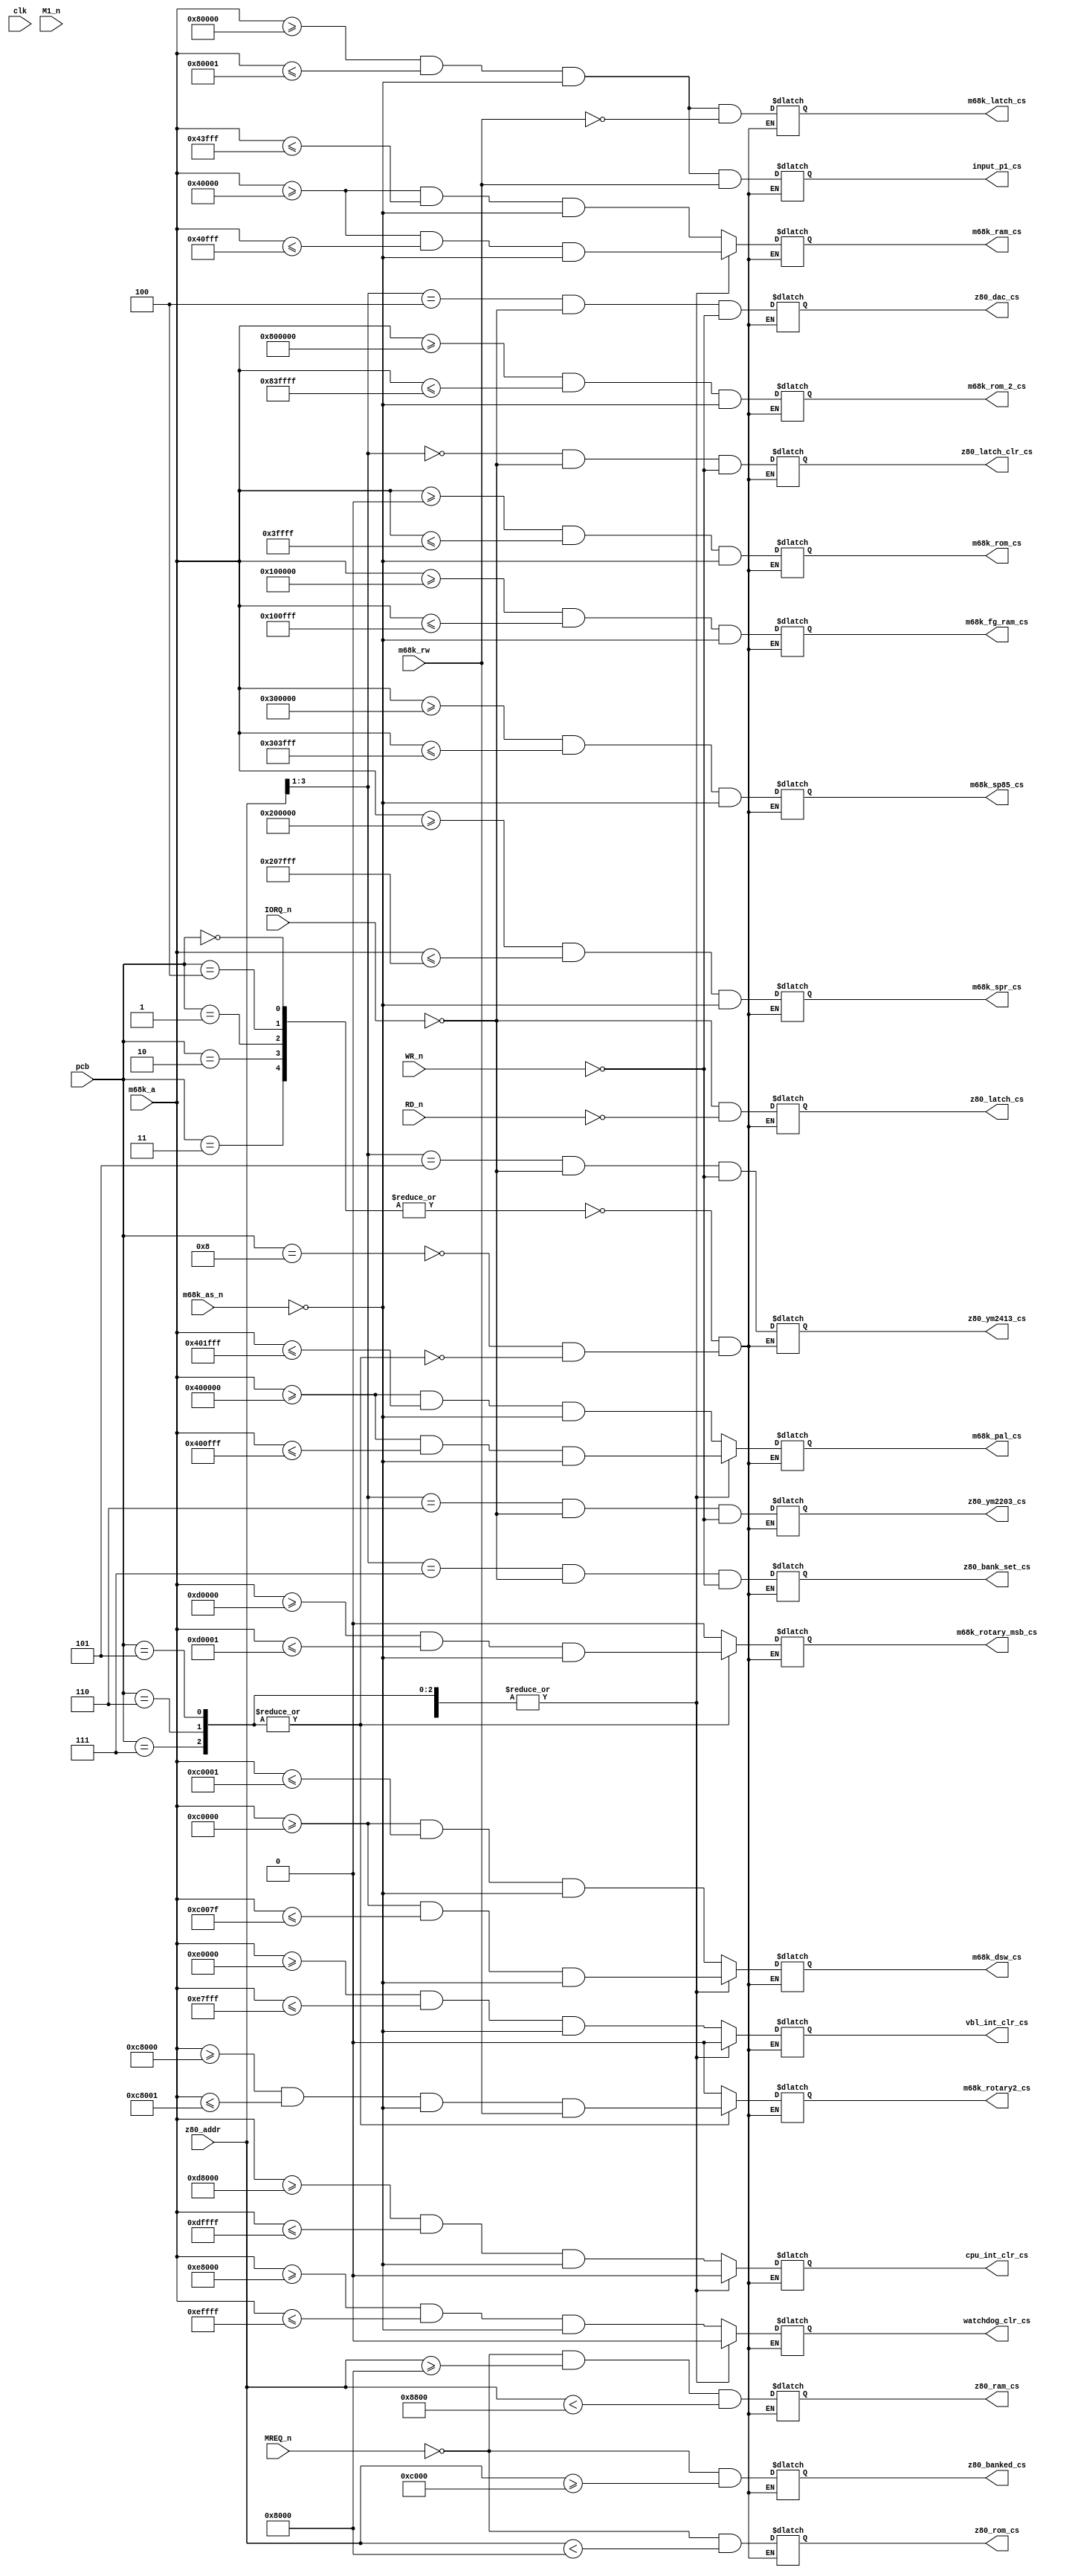
//

module chip_select
(
    input        clk,
    input  [3:0] pcb,

    input [23:0] m68k_a,
    input        m68k_as_n,
    input        m68k_rw,

    input [15:0] z80_addr,
    input        MREQ_n,
    input        IORQ_n,
    input        RD_n,
    input        WR_n,
    input        M1_n,

    // M68K selects
    output reg m68k_rom_cs,
    output reg m68k_rom_2_cs,
    output reg m68k_ram_cs,
    output reg m68k_spr_cs,
    output reg m68k_pal_cs,
    output reg m68k_fg_ram_cs,
    output reg m68k_sp85_cs,

    output reg input_p1_cs,
    output reg m68k_dsw_cs,

    output reg m68k_rotary2_cs,
    output reg m68k_rotary_msb_cs,    

    output reg vbl_int_clr_cs,
    output reg cpu_int_clr_cs,
    output reg watchdog_clr_cs,

    output reg m68k_latch_cs,

    // Z80 selects
    output reg   z80_rom_cs,
    output reg   z80_ram_cs,

    output reg   z80_latch_cs,
    output reg   z80_latch_clr_cs,
    output reg   z80_dac_cs,
    output reg   z80_ym2413_cs, // OPN YM2413
    output reg   z80_ym2203_cs, // OPLL YM2203
    output reg   z80_bank_set_cs,
    output reg   z80_banked_cs
);


function m68k_cs;
        input [23:0] start_address;
        input [23:0] end_address;
begin
    m68k_cs = ( m68k_a[23:0] >= start_address && m68k_a[23:0] <= end_address) & !m68k_as_n;
end
endfunction

function z80_mem_cs;
        input [15:0] base_address;
        input  [7:0] width;
begin
    z80_mem_cs = ( z80_addr >> width == base_address >> width ) & !MREQ_n;
end
endfunction

function z80_io_cs;
        input [7:0] address_lo;
begin
    z80_io_cs = ( z80_addr[7:0] == address_lo ) && !IORQ_n ;
end
endfunction


localparam SKYADV      = 0;
localparam GANGWARS    = 1;
localparam SBASEBALJ   = 2;
localparam SBASEBAL    = 3;
localparam SKYADVU     = 4;

localparam SKYSOLDR    = 5;
localparam TIMESOLD    = 6;
localparam BATFIELD    = 7;
localparam GOLDMEDL    = 8;

//-- board config 6 bits
//        00 = II
//        01 = III
//        11 = V
//mcu id  00 = don't care
//        01 = 0x8814
//        10 = 0x8512
//        11 = 0x8713
//coin     0 = 0x2222 / 1 = 0x2423
//invert   0 = input not inverted / 1 = inverted

always @ (*) begin
    // Memory mapping based on PCB type
    case (pcb)
        SKYADV, SKYADVU, GANGWARS, SBASEBALJ, SBASEBAL: begin
            m68k_rom_cs      <= m68k_cs( 24'h000000, 24'h03ffff ) ;
            
            m68k_ram_cs      <= m68k_cs( 24'h040000, 24'h043fff ) ;
            
            m68k_latch_cs    <= m68k_cs( 24'h080000, 24'h080001 ) & !m68k_rw ;
            
            input_p1_cs      <= m68k_cs( 24'h080000, 24'h080001 ) & m68k_rw ;
            
            m68k_dsw_cs      <= m68k_cs( 24'h0c0000, 24'h0c0001 ) ;
            
            m68k_fg_ram_cs   <= m68k_cs( 24'h100000, 24'h100fff )  ;
            
            m68k_spr_cs      <= m68k_cs( 24'h200000, 24'h207fff ) ;
            
            m68k_rotary2_cs  <= 0 ;

            m68k_rotary_msb_cs <= 0;
            
            m68k_sp85_cs     <= m68k_cs( 24'h300000, 24'h303fff ) ;
            
            m68k_pal_cs      <= m68k_cs( 24'h400000, 24'h401fff ) ;

            m68k_rom_2_cs    <= m68k_cs( 24'h800000, 24'h83ffff ) ;
            
            // reset microcontroller interrupt 
            cpu_int_clr_cs    <= m68k_cs( 24'h0d8000, 24'h0dffff ) ; // tst.b $d8000.l
            
            // reset vblank interrupt 
            vbl_int_clr_cs    <= m68k_cs( 24'h0e0000, 24'h0e7fff ) ; // tst.b $e0000.l
            
            // reset watchdog interrupt ( implement? )
            watchdog_clr_cs   <= m68k_cs( 24'h0e8000, 24'h0effff ) ; // tst.b $e8000.l
             
            z80_rom_cs        <= ( MREQ_n == 0 && z80_addr[15:0] <  16'h8000 );
            z80_ram_cs        <= ( MREQ_n == 0 && z80_addr[15:0] >= 16'h8000 && z80_addr[15:0] < 16'h8800 );
            z80_banked_cs     <= ( MREQ_n == 0 && z80_addr[15:0] >= 16'hc000 );
            
            // read latch.  latch is active on all i/o reads
            z80_latch_cs      <= (!IORQ_n) && (!RD_n) ; 
            
            z80_latch_clr_cs  <= ( z80_addr[3:1] == 3'b000 ) && ( !IORQ_n ) && (!WR_n);  
            
            // only the lower 4 bits are used to decode port
            // 0x08-0x09
            z80_dac_cs        <= ( z80_addr[3:1] == 3'b100 ) && ( !IORQ_n ) && (!WR_n) ; // 8 bit DAC
            
            // 0x0a-0x0b
            z80_ym2413_cs     <= ( z80_addr[3:1] == 3'b101 ) && ( !IORQ_n ) && (!WR_n); 
            
            // 0x0c-0x0d
            z80_ym2203_cs     <= ( z80_addr[3:1] == 3'b110 ) && ( !IORQ_n ) && (!WR_n); 
            
            // 0x0E-0x0F
            z80_bank_set_cs   <= ( z80_addr[3:1] == 3'b111 ) && ( !IORQ_n ) && (!WR_n); // select latches z80 D[4:0]
        end

        GOLDMEDL: begin
            m68k_rom_cs      <= m68k_cs( 24'h000000, 24'h03ffff ) ;
            
            m68k_ram_cs      <= m68k_cs( 24'h040000, 24'h040fff ) ;
            
            m68k_latch_cs    <= m68k_cs( 24'h080000, 24'h080001 ) & !m68k_rw ;
            
            input_p1_cs      <= m68k_cs( 24'h080000, 24'h080001 ) & m68k_rw ;
            

            m68k_dsw_cs      <= m68k_cs( 24'h0c0000, 24'h0c007f ) ;
            
            m68k_rotary2_cs  <= 0 ;

            m68k_rotary_msb_cs <= 0;
            
            m68k_fg_ram_cs   <= m68k_cs( 24'h100000, 24'h100fff ) ;
            
            m68k_spr_cs      <= m68k_cs( 24'h200000, 24'h207fff ) ;
            
            m68k_sp85_cs     <= m68k_cs( 24'h300000, 24'h303fff ) ;
            
            m68k_pal_cs      <= m68k_cs( 24'h400000, 24'h400fff ) ;

            m68k_rom_2_cs    <= m68k_cs( 24'h800000, 24'h83ffff ) ;
            
            // reset microcontroller interrupt 
            cpu_int_clr_cs    <= 0 ;//m68k_cs( 24'h0d8000, 24'h0dffff ) ; // tst.b $d8000.l
            
            // reset vblank interrupt 
            vbl_int_clr_cs    <= 0 ;//m68k_cs( 24'h0e0000, 24'h0e7fff ) ; // tst.b $e0000.l
            
            // reset watchdog interrupt ( implement? )
            watchdog_clr_cs   <= 0; //m68k_cs( 24'h0e8000, 24'h0effff ) ; // tst.b $e8000.l
             
            z80_rom_cs        <= ( MREQ_n == 0 && z80_addr[15:0] <  16'h8000 );
            z80_ram_cs        <= ( MREQ_n == 0 && z80_addr[15:0] >= 16'h8000 && z80_addr[15:0] < 16'h8800 );
            z80_banked_cs     <= ( MREQ_n == 0 && z80_addr[15:0] >= 16'hc000 );
            
            // read latch.  latch is active on all i/o reads
            z80_latch_cs      <= (!IORQ_n) && (!RD_n) ; 
            
            z80_latch_clr_cs  <= ( z80_addr[3:1] == 3'b000 ) && ( !IORQ_n ) && (!WR_n);  
            
            // only the lower 4 bits are used to decode port
            // 0x08-0x09
            z80_dac_cs        <= ( z80_addr[3:1] == 3'b100 ) && ( !IORQ_n ) && (!WR_n) ; // 8 bit DAC
            
            // 0x0a-0x0b
            z80_ym2413_cs     <= ( z80_addr[3:1] == 3'b101 ) && ( !IORQ_n ) && (!WR_n); 
            
            // 0x0c-0x0d
            z80_ym2203_cs     <= ( z80_addr[3:1] == 3'b110 ) && ( !IORQ_n ) && (!WR_n); 
            
            // 0x0E-0x0F
            z80_bank_set_cs   <= ( z80_addr[3:1] == 3'b111 ) && ( !IORQ_n ) && (!WR_n); // select latches z80 D[4:0]
        end

        SKYSOLDR, TIMESOLD, BATFIELD: begin
            m68k_rom_cs      <= m68k_cs( 24'h000000, 24'h03ffff ) ;

            m68k_ram_cs      <= m68k_cs( 24'h040000, 24'h040fff ) ;

            m68k_latch_cs    <= m68k_cs( 24'h080000, 24'h080001 ) & !m68k_rw ;

            input_p1_cs      <= m68k_cs( 24'h080000, 24'h080001 ) & m68k_rw ;

            // dsw / CN1 rotary / Ver II text banking
            m68k_dsw_cs      <= m68k_cs( 24'h0c0000, 24'h0c007f ) ;

            m68k_rotary2_cs  <= m68k_cs( 24'h0c8000, 24'h0c8001 ) & m68k_rw;

            m68k_rotary_msb_cs  <= m68k_cs( 24'h0d0000, 24'h0d0001 ) ;

            m68k_fg_ram_cs   <= m68k_cs( 24'h100000, 24'h100fff ) ;

            m68k_spr_cs      <= m68k_cs( 24'h200000, 24'h207fff ) ;

            m68k_sp85_cs     <= m68k_cs( 24'h300000, 24'h303fff ) ;

            m68k_pal_cs      <= m68k_cs( 24'h400000, 24'h400fff ) ;

            m68k_rom_2_cs    <= m68k_cs( 24'h800000, 24'h83ffff ) ;

            // reset microcontroller interrupt 
            cpu_int_clr_cs    <= 0 ;//m68k_cs( 24'h0d8000, 24'h0dffff ) ; // tst.b $d8000.l

            // reset vblank interrupt 
            vbl_int_clr_cs    <= 0 ;//m68k_cs( 24'h0e0000, 24'h0e7fff ) ; // tst.b $e0000.l

            // reset watchdog interrupt ( implement? )
            watchdog_clr_cs   <= 0; //m68k_cs( 24'h0e8000, 24'h0effff ) ; // tst.b $e8000.l

            z80_rom_cs        <= ( MREQ_n == 0 && z80_addr[15:0] <  16'h8000 );
            z80_ram_cs        <= ( MREQ_n == 0 && z80_addr[15:0] >= 16'h8000 && z80_addr[15:0] < 16'h8800 );
            z80_banked_cs     <= ( MREQ_n == 0 && z80_addr[15:0] >= 16'hc000 );

            // read latch.  latch is active on all i/o reads
            z80_latch_cs      <= (!IORQ_n) && (!RD_n) ; 

            z80_latch_clr_cs  <= ( z80_addr[3:1] == 3'b000 ) && ( !IORQ_n ) && (!WR_n);  

            // only the lower 4 bits are used to decode port
            // 0x08-0x09
            z80_dac_cs        <= ( z80_addr[3:1] == 3'b100 ) && ( !IORQ_n ) && (!WR_n) ; // 8 bit DAC

            // 0x0a-0x0b
            z80_ym2413_cs     <= ( z80_addr[3:1] == 3'b101 ) && ( !IORQ_n ) && (!WR_n); 

            // 0x0c-0x0d
            z80_ym2203_cs     <= ( z80_addr[3:1] == 3'b110 ) && ( !IORQ_n ) && (!WR_n); 

            // 0x0E-0x0F
            z80_bank_set_cs   <= ( z80_addr[3:1] == 3'b111 ) && ( !IORQ_n ) && (!WR_n); // select latches z80 D[4:0]
        end
        default:;
    endcase

end

endmodule